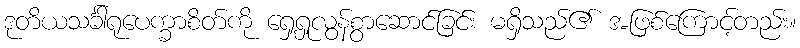
ဒုတိယသင်္ခါရုပေက္ခာစိတ်ကို ရှေ့ရှုလွန်စွာဆောင်ခြင်း မရှိသည်၏ အဖြစ်ကြောင့်တည်း။